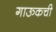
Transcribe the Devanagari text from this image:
गाऊकची